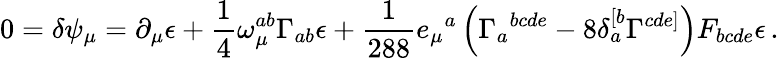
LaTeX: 0=\delta\psi_{\mu}=\partial_{\mu}\epsilon+\frac 14\omega_{\mu}^{ab}\Gamma_{ab}\epsilon+\frac 1{288}e_{\mu}{}^{a}\left(\Gamma_{a}{}^{bcde}-8\delta_{a}^{[b}\Gamma^{cde]}\right)F_{bcde}\epsilon\, .